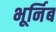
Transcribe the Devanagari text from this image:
भूर्निब